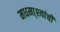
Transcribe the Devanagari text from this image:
मधमा्श्यांची